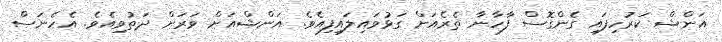
އަންޝް ކަރުހިފައި ގެންގޮސް ފާހާނާ ތެރެއަށް ގަޅުވައިލައިފިއެވެ. އަންޝްއަށް ވަރަށް ދަތުވިއެވެ. އެހެނަސް